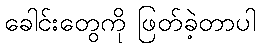
ခေါင်းတွေကို ဖြတ်ခဲ့တာပါ